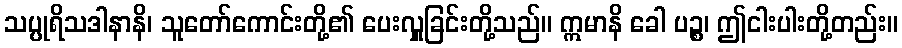
သပ္ပုရိသဒါနာနိ၊ သူတော်ကောင်းတို့၏ ပေးလှူခြင်းတို့သည်။ ဣမာနိ ခေါ ပဉ္စ၊ ဤငါးပါးတို့တည်း။